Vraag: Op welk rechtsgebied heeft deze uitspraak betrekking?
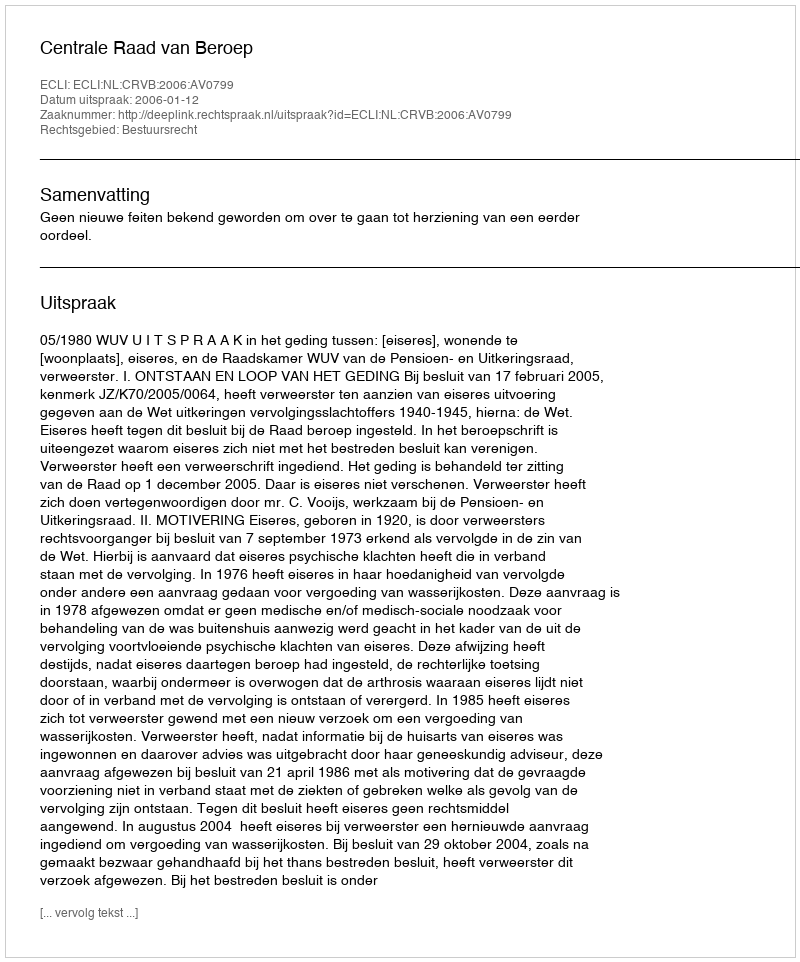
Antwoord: Bestuursrecht